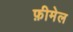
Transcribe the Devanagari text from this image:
फ़ीमेल